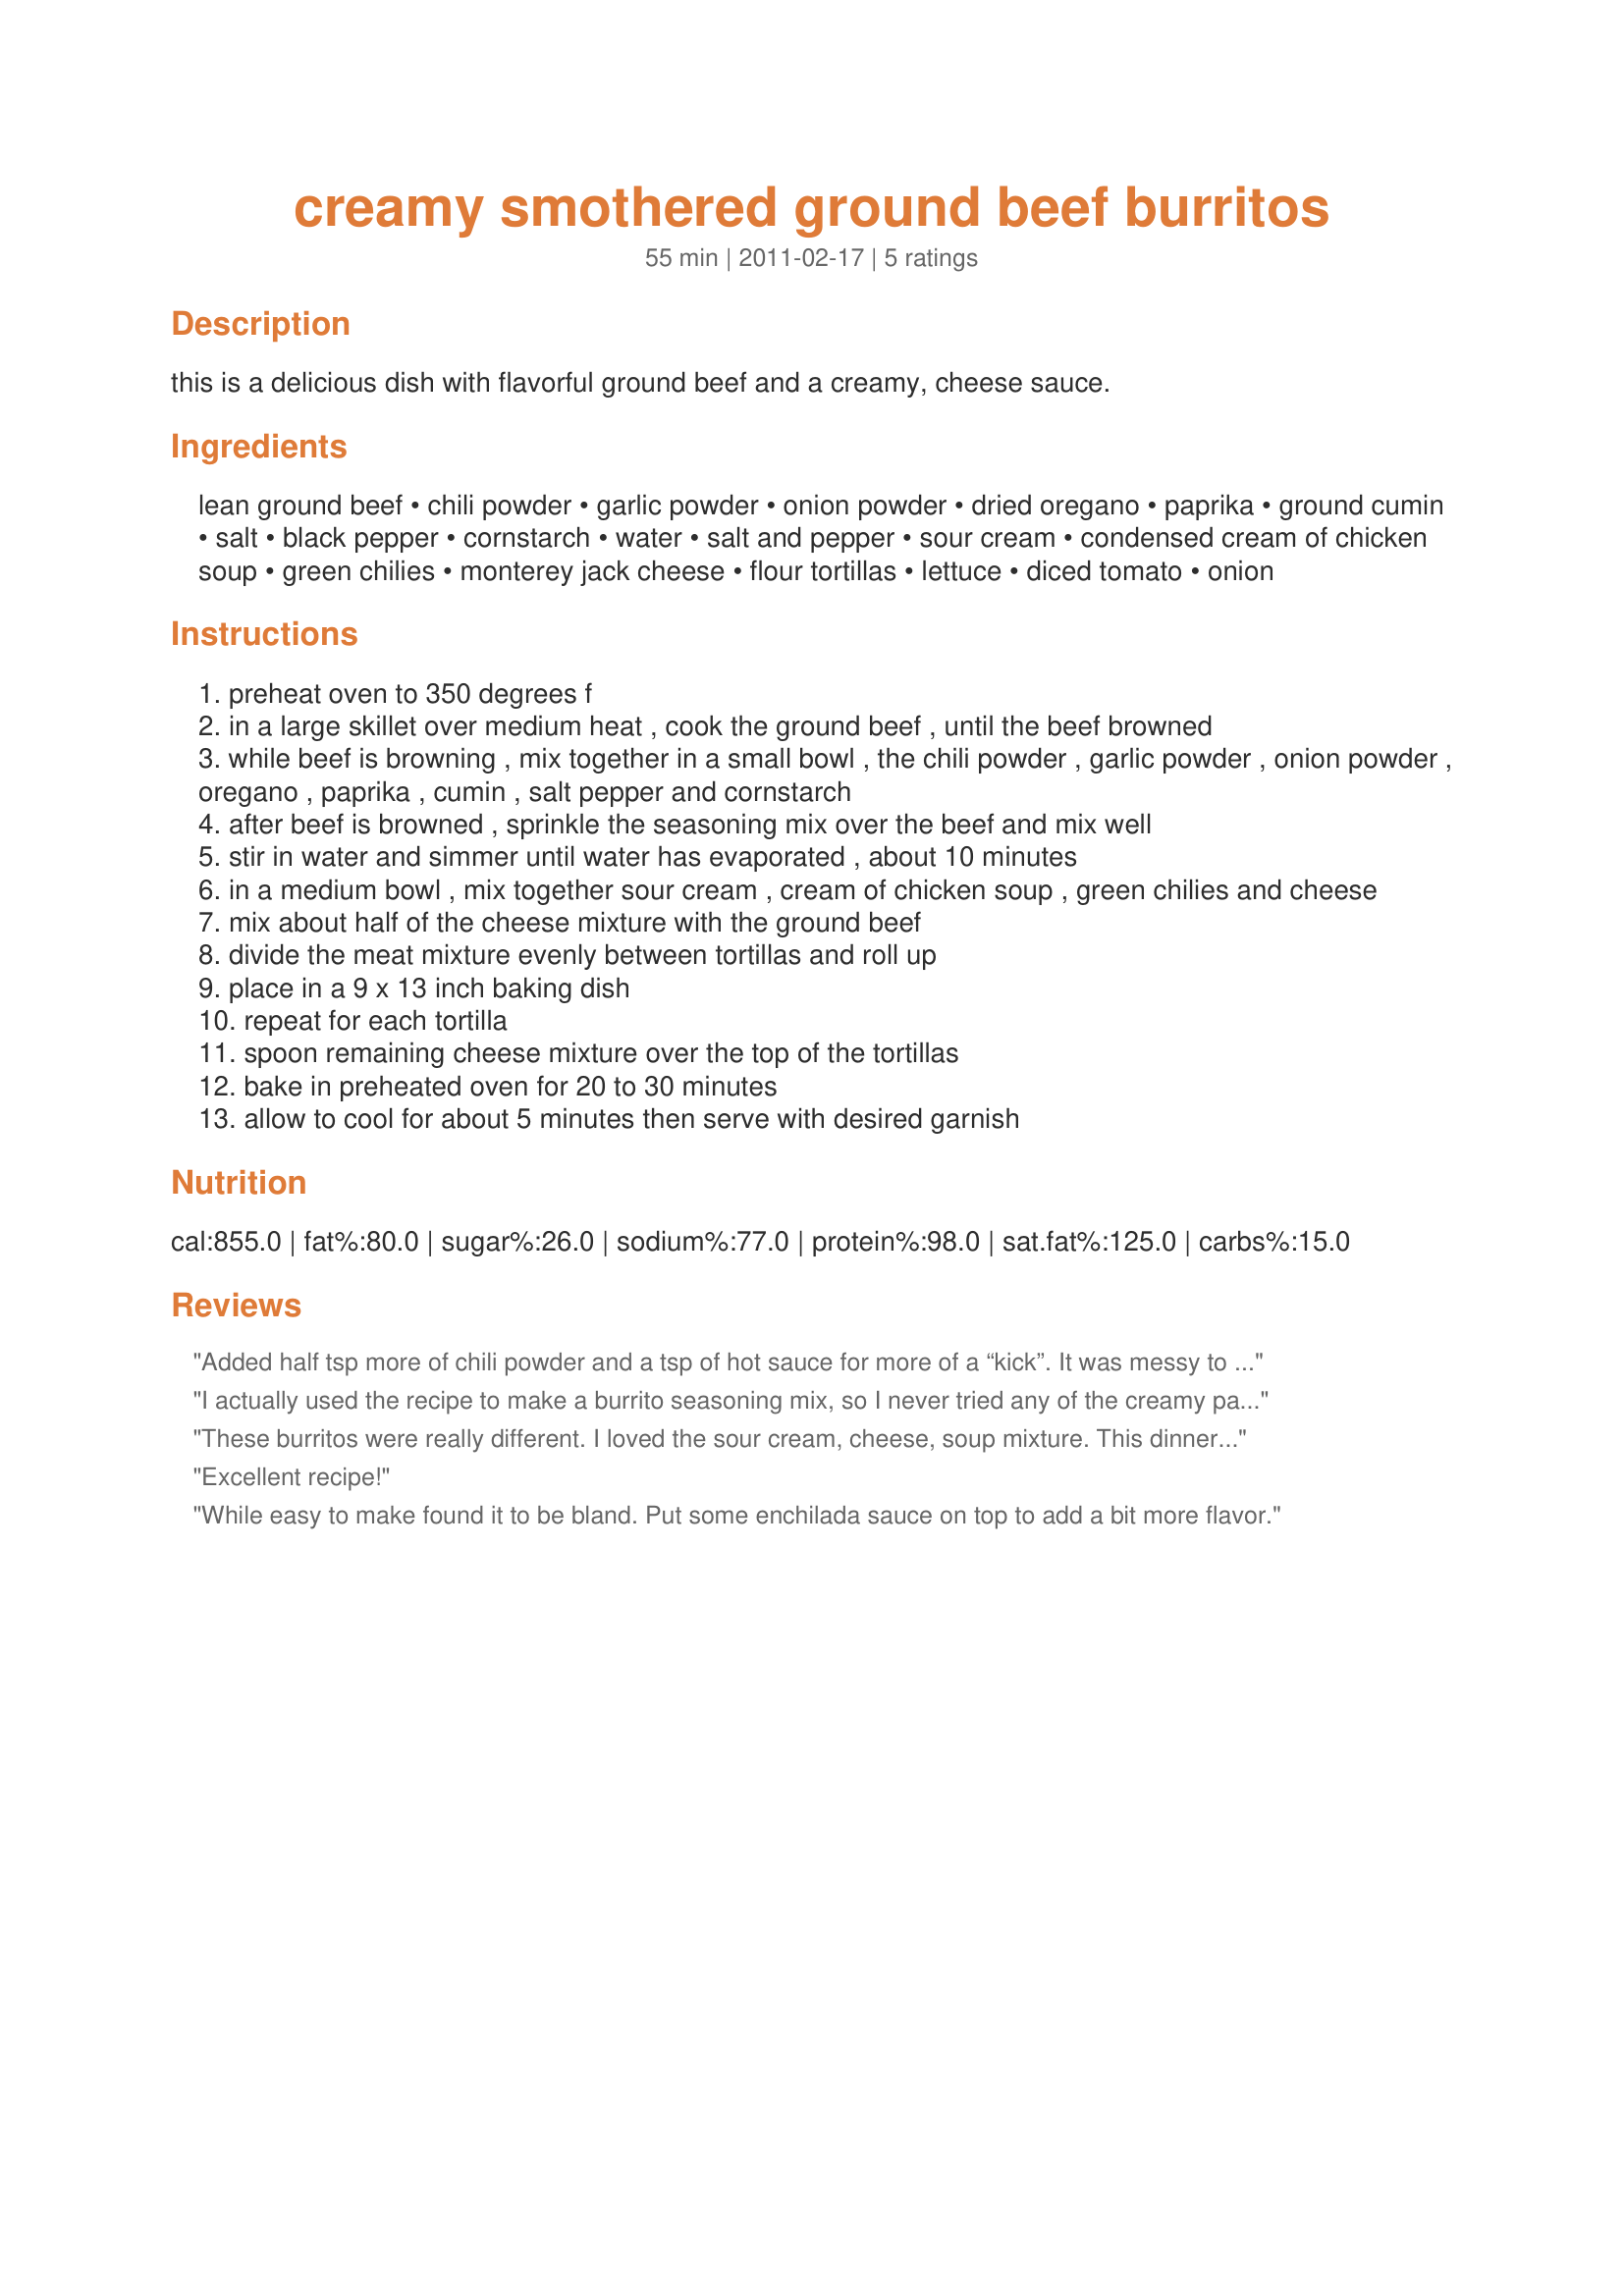
creamy smothered ground beef burritos
Preparation time: 55 minutes

this is a delicious dish with flavorful ground beef and a creamy, cheese sauce.

Ingredients:
lean ground beef, chili powder, garlic powder, onion powder, dried oregano, paprika, ground cumin, salt, black pepper, cornstarch, water, salt and pepper, sour cream, condensed cream of chicken soup, green chilies, monterey jack cheese, flour tortillas, lettuce, diced tomato, onion

Steps:
preheat oven to 350 degrees f
in a large skillet over medium heat , cook the ground beef , until the beef browned
while beef is browning , mix together in a small bowl , the chili powder , garlic powder , onion powder , oregano , paprika , cumin , salt pepper and cornstarch
after beef is browned , sprinkle the seasoning mix over the beef and mix well
stir in water and simmer until water has evaporated , about 10 minutes
in a medium bowl , mix together sour cream , cream of chicken soup , green chilies and cheese
mix about half of the cheese mixture with the ground beef
divide the meat mixture evenly between tortillas and roll up
place in a 9 x 13 inch baking dish
repeat for each tortilla
spoon remaining cheese mixture over the top of the tortillas
bake in preheated oven for 20 to 30 minutes
allow to cool for about 5 minutes then serve with desired garnish

Reviews:
Added half tsp more of chili powder and a tsp of hot sauce for more of a “kick”. It was messy to roll, but I’m not a good roller (lol). Turned out great and would definitely make it again!
I actually used the recipe to make a burrito seasoning mix, so I never tried any of the creamy parts of the recipe. I love the combination of spicy and savory, plus cornstarch. Very tasty! :)
These burritos were really different. I loved the sour cream, cheese, soup mixture. This dinner was a hit.
Excellent recipe!
While easy to make found it to be bland. Put some enchilada sauce on top to add a bit more flavor.
